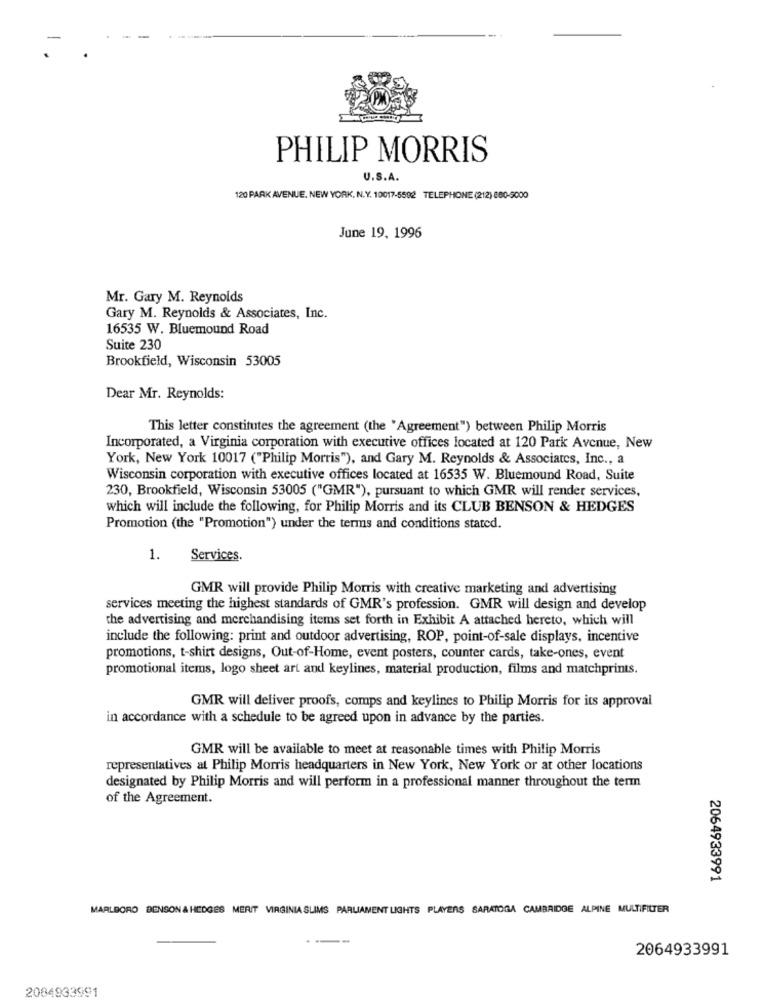
PHILIP MORRIS
U.S.A.
120 PARK AVENUE, NEW YORK, N.Y. 10017-5592 TELEPHONE (212) 880-5000
June 19, 1996
Mr. Gary M. Reynolds
Gary M. Reynolds & Associates, Inc.
16535 W. Bluemound Road
Suite 230
Brookfield, Wisconsin 53005
Dear Mr. Reynolds:
This letter constitutes the agreement (the "Agreement") between Philip Morris
Incorporated, a Virginia corporation with executive offices located at 120 Park Avenue, New
York, New York 10017 ("Philip Morris"), and Gary M. Reynolds & Associates, Inc ., a
Wisconsin corporation with executive offices located at 16535 W. Bluemound Road, Suite
230, Brookfield, Wisconsin 53005 ("GMR"), pursuant to which GMR will render services,
which will include the following, for Philip Morris and its CLUB BENSON & HEDGES
Promotion (the "Promotion") under the terms and conditions stated.
1.
Services.
GMR will provide Philip Morris with creative marketing and advertising
services meeting the highest standards of GMR's profession. GMR will design and develop
the advertising and merchandising items set forth in Exhibit A attached hereto, which will
include the following: print and outdoor advertising, ROP, point-of-sale displays, incentive
promotions, t-shirt designs, Out-of-Home, event posters, counter cards, take-ones, event
promotional items, logo sheet art and keylines, material production, films and matchprints.
GMR will deliver proofs, comps and keylines to Philip Morris for its approval
in accordance with a schedule to be agreed upon in advance by the parties.
GMR will be available to meet at reasonable times with Philip Morris
representatives at Philip Morris headquarters in New York, New York or at other locations
designated by Philip Morris and will perform in a professional manner throughout the term
of the Agreement.
2064933991
MARLBORO BENSON & HEDGES MERIT VIRGINIA SLIMS PARLIAMENT LIGHTS PLAYERS SARATOGA CAMBRIDGE ALPINE MULTIFILTER
2064933991
2084933991